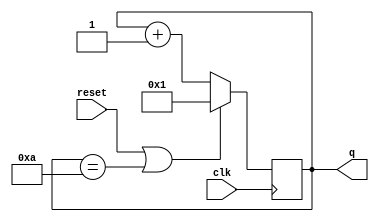
module top_module (
    input wire       clk,
    input wire       reset,
    output reg [3:0] q
    );
       
    always @(posedge clk)
    begin
        if (reset | q==10) q <= 1'b1;
        else               q <= q + 1'b1;
    end
        
endmodule